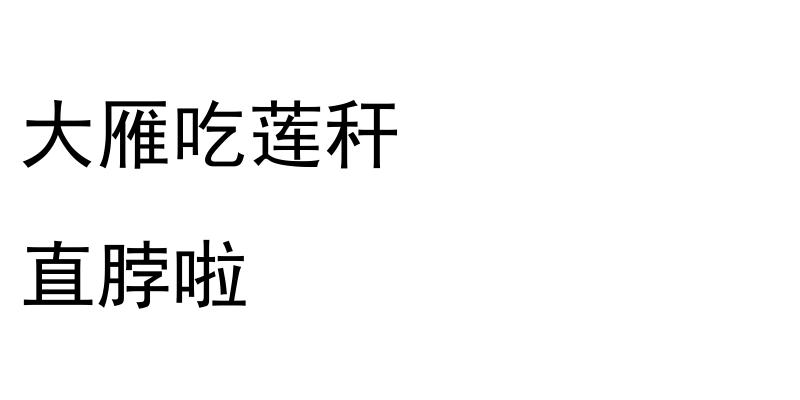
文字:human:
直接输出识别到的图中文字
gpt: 大雁吃莲秆 直脖啦